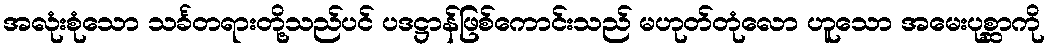
အလုံးစုံသော သင်္ခတရားတို့သည်ပင် ပဒဋ္ဌာန်ဖြစ်ကောင်းသည် မဟုတ်တုံလော ဟူသော အမေးပုစ္ဆာကို